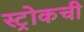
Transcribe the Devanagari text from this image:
स्ट्रोकची